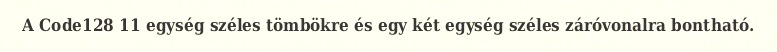
A Code128 11 egység széles tömbökre és egy két egység széles záróvonalra bontható.